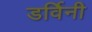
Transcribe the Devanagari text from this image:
डर्विनी